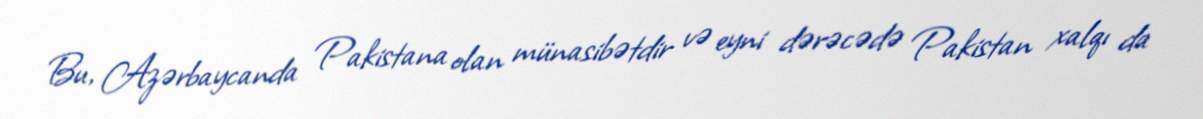
Bu, Azərbaycanda Pakistana olan münasibətdir və eyni dərəcədə Pakistan xalqı da